Mental hospitals Bombay report 1929-33 - 1929-1933
Year: 1929
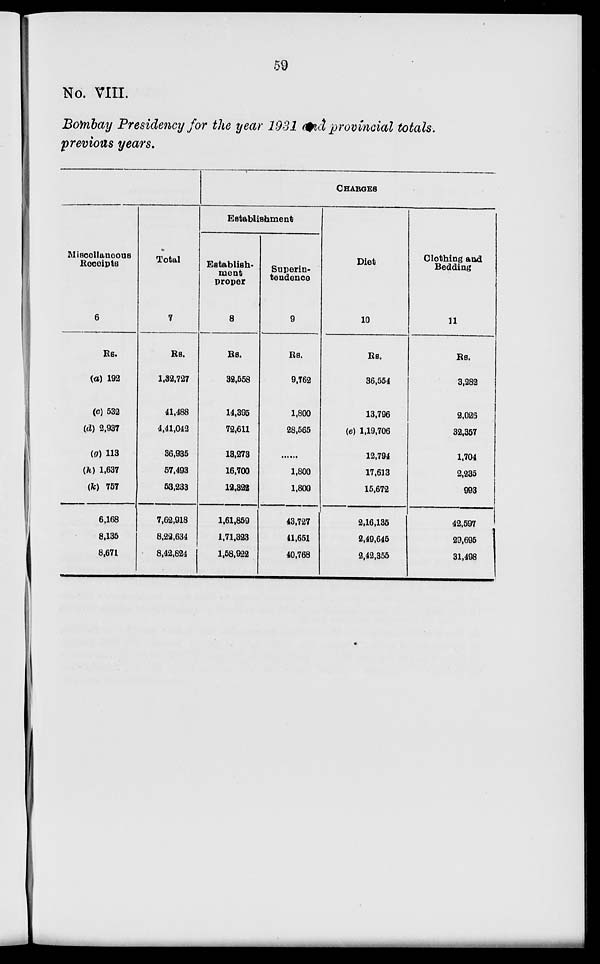
59
No. VIII.
Bombay Presidency for the year 1931 and provincial totals.
previous years.
Miscellaneous
Receipts
6
Rs.
(a) 192
(c) 532
(d) 2,937
(g) 113
(k) 1,637
(k) 757
6,168
8,135
8,671
Total
7
Rs.
1,32,727
41,488
4,41,042
36,935
57,493
53,233
7,62,918
8,22,634
8,42,824
CHARGES
Establishment
Establish-
ment
proper
8
Rs.
32,558
14,395
72,611
13,273
16,700
12,322
1,61,859
1,71,323
1,58,922
Superin-
tendence
9
Rs.
9,762
1,800
28,565
......
1,800
1,800
43,727
41,651
40,768
Diet
10
Rs.
36,554
13,796
(e) 1,19,706
12,794
17,613
15,672
2,16,135
2,49,645
2,42,355
Clothing and
Bedding
11
Rs.
3,282
2,026
32,357
1,704
2,235
993
42,597
29,695
31,498